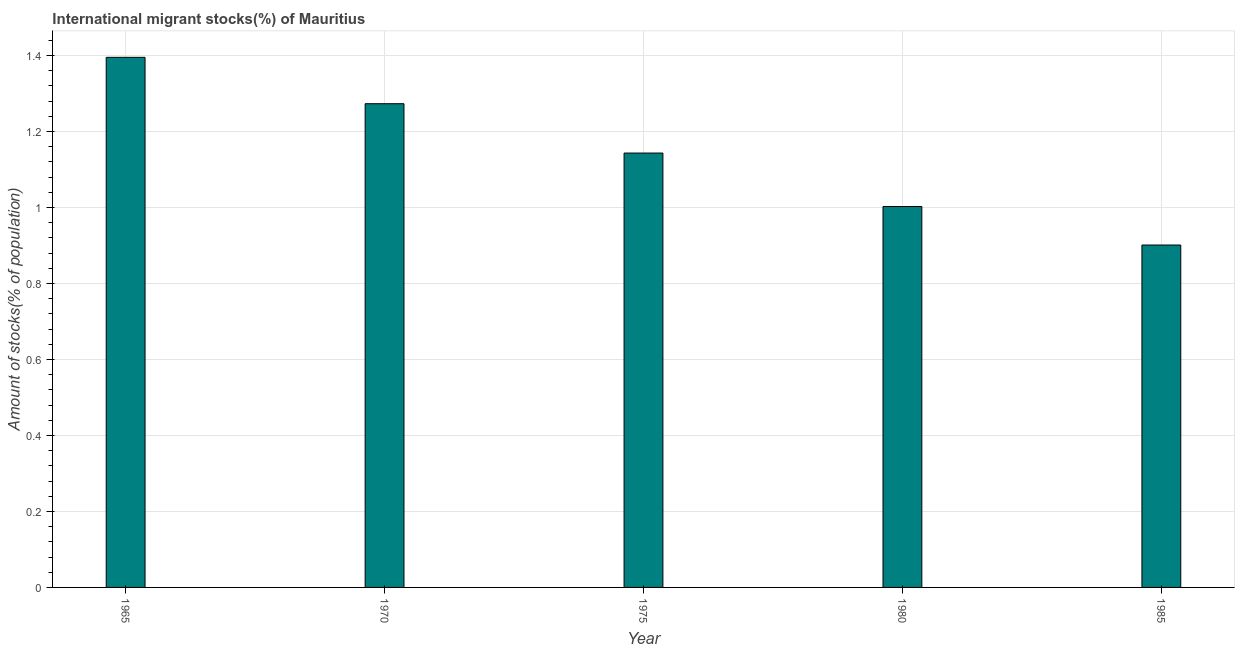
| Year | International migrant stock |
 | --- | --- |
 | 1965 | 1.4 |
 | 1970 | 1.27 |
 | 1975 | 1.14 |
 | 1980 | 1 |
 | 1985 | 0.901 |